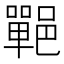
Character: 𨞏